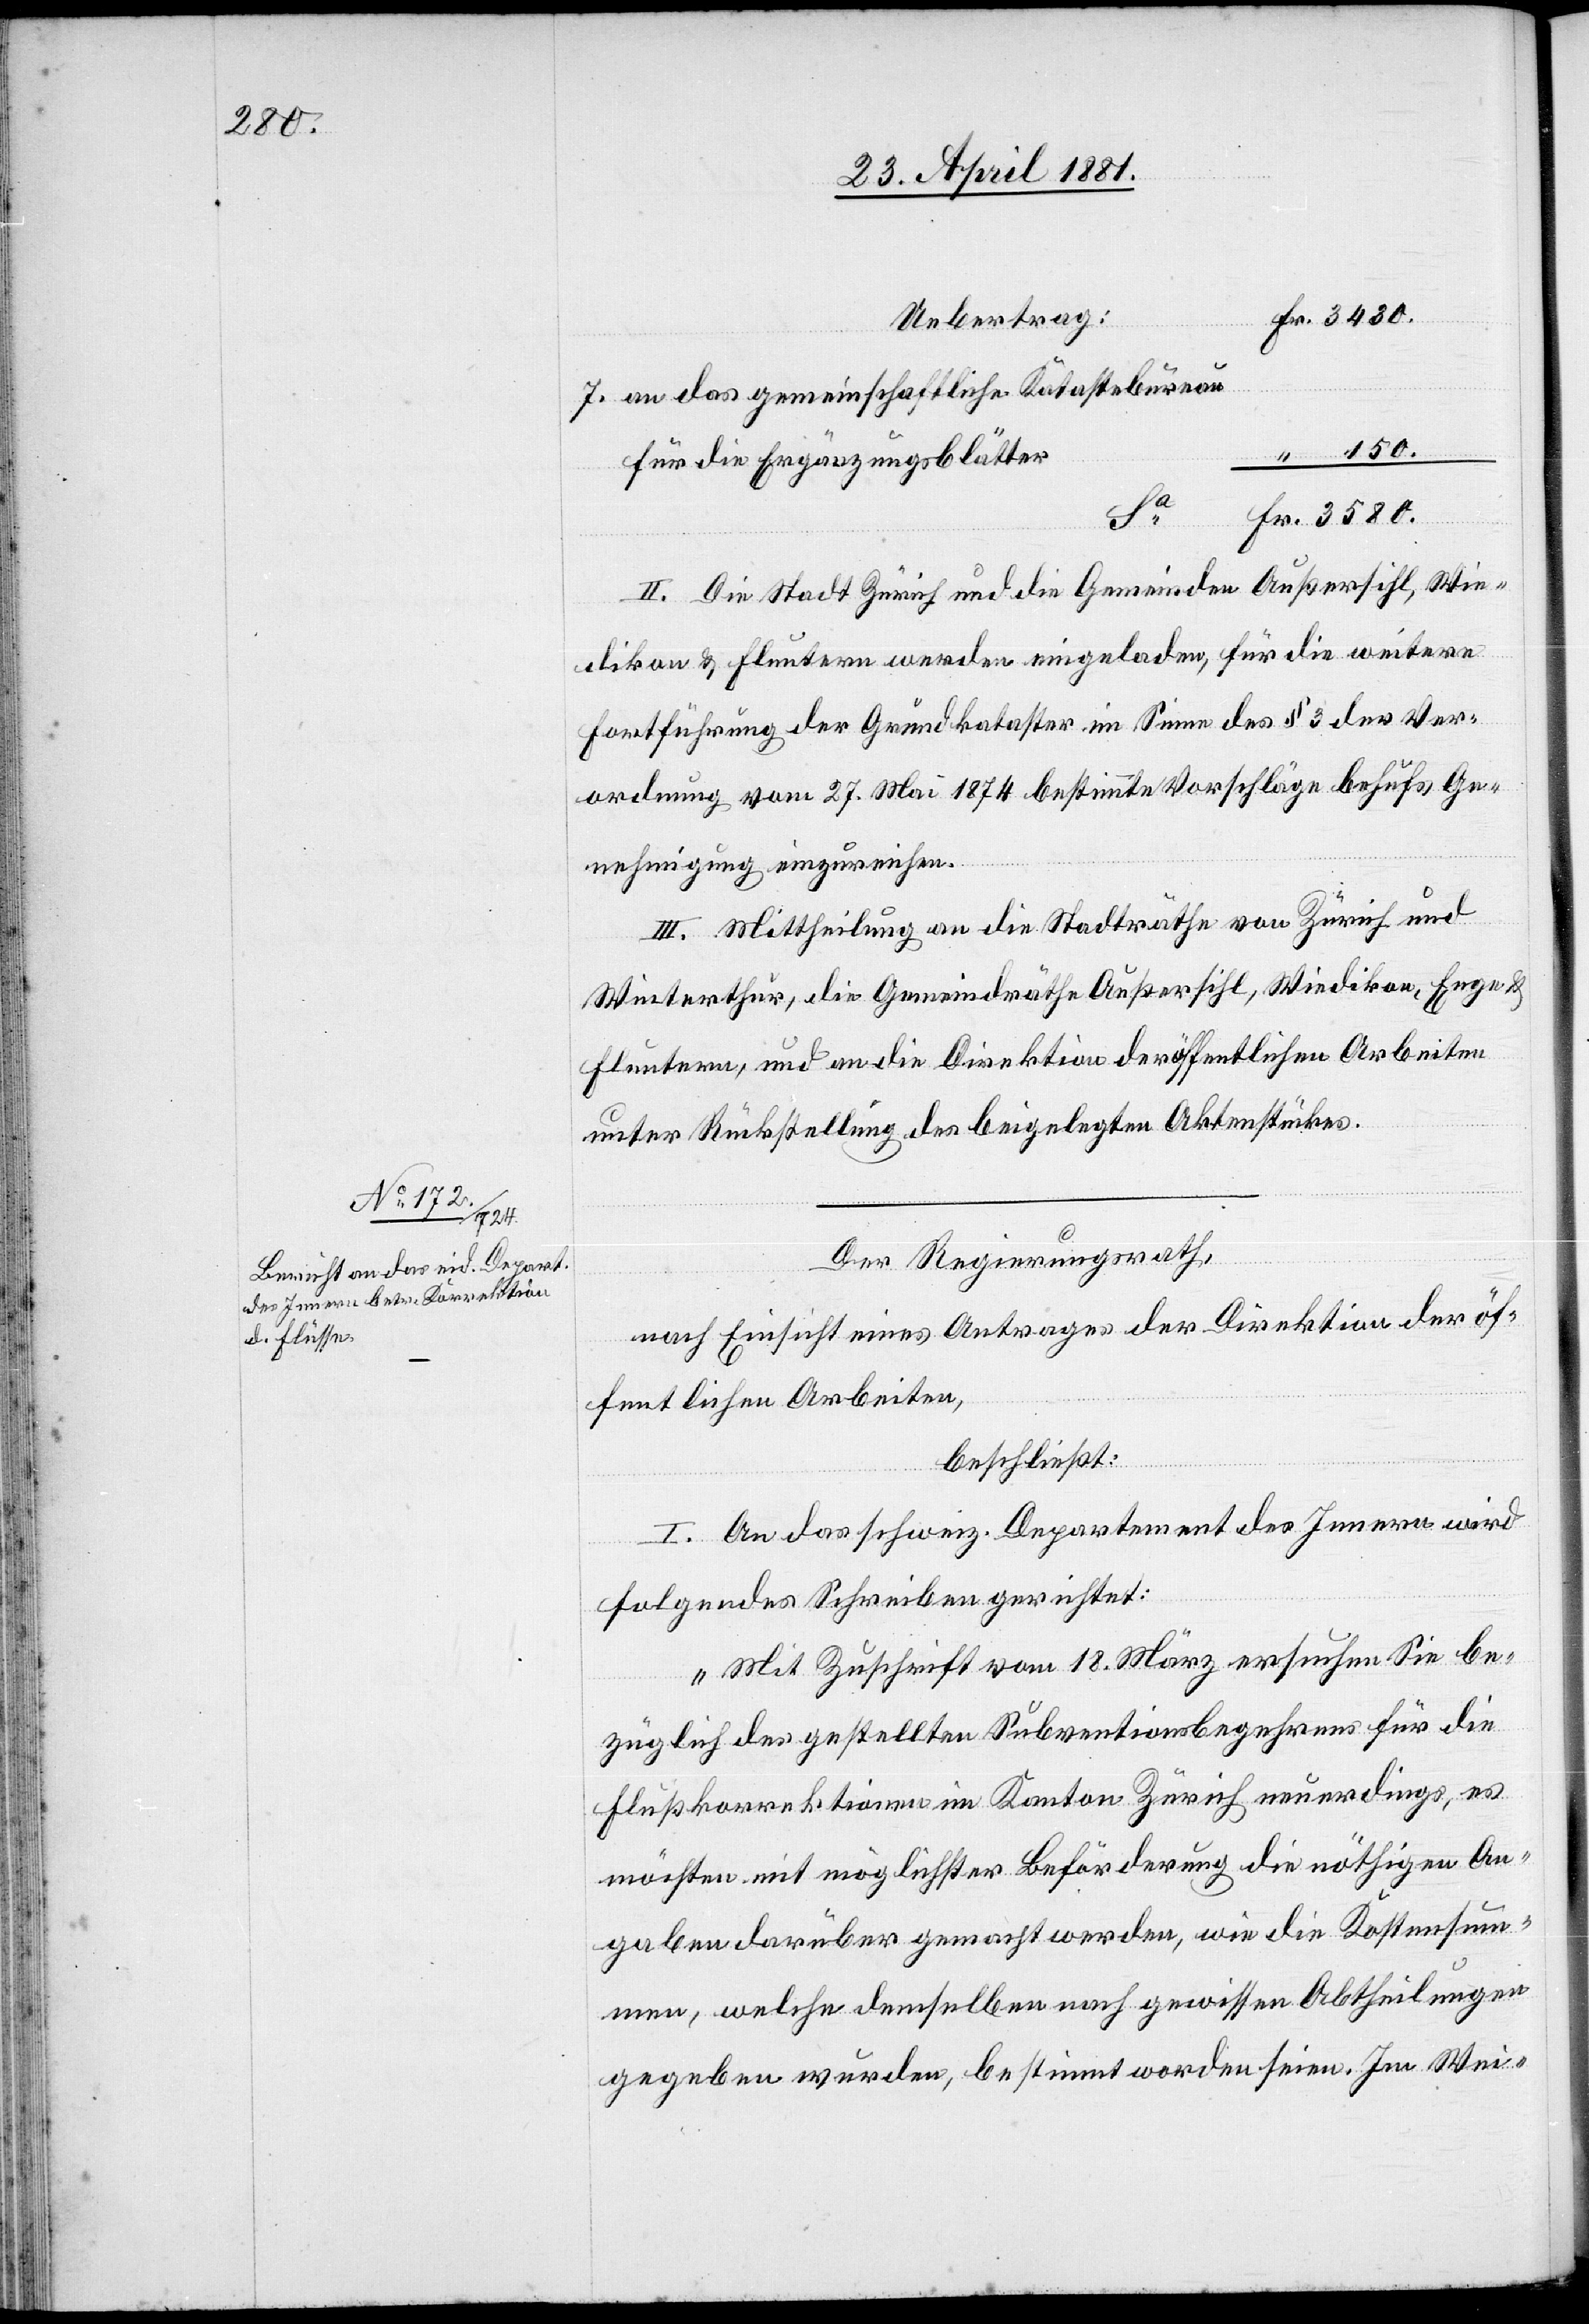
3580.

Uebertrag
an das gemeinschaftliche Katasterbureau
für die Ergänzungsblätter
Fr.
II. Die Stadt Zürich und die Gemeinden Außersihl, Wie¬
dikon & Fluntern werden eingeladen, für die weitere
Fortführung der Grundkataster im Sinne des § 3 der Ver¬
ordnung vom 27. Mai 1874 bestimmte Vorschläge behufs Ge¬
nehmigung einzureichen.
III. Mittheilung an die Stadträthe von Zürich und
Winterthur, die Gemeindräthe Außersihl, Wiedikon, Enge &
Fluntern, und an die Direktion öffentlichen Arbeiten
unter Rückstellung des beigelegten Aktenstückes.